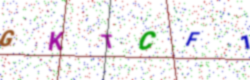
Text: GKTCF1